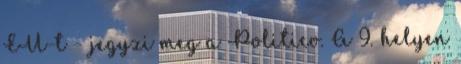
EU-t - jegyzi meg a Politico. A 9. helyen